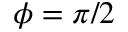
\phi = \pi / 2